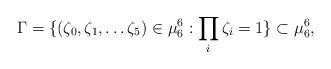
LaTeX: \begin{align*}\Gamma= \{(\zeta_0, \zeta_1, \ldots \zeta_5) \in \mu_6^6: \prod_i \zeta_i =1\} \subset \mu_6^6,\end{align*}